Vaccination returns of the Province of Eastern Bengal and Assam - 1905-1912
Year: 1905
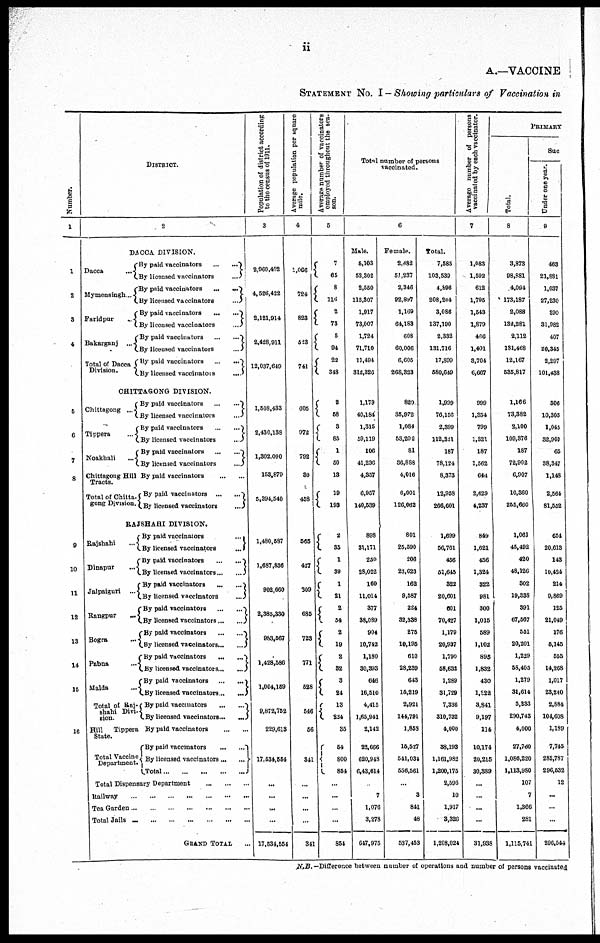
ii
A.—VACCINE
STATEMENT No. I — Showing particulars of Vaccination in
Number.
1
1
2
3
4
5
6
7
8
9
10
11
12
13
14
15
16
DISTRICT.
2
DACCA DIVISION.
Dacca ...
Mymensingh...
Faridpur ...
Bakarganj ...
Total of Dacca
Division.
By paid vaccinators
...
...
By licensed vaccinators ... ...
By paid vaccinators
...
...
By licensed vaccinators
...
By paid vaccinators
...
...
By licensed vaccinators
...
By paid vaccinators
...
...
By licensed vaccinators
...
By paid vaccinators
...
...
By licensed vaccinators
...
CHITTAGONG DIVISION.
Chittagong ...
Tippera ...
Noakhali
...
Chittagong Hill
Tracts.
Total of Chitta-
gong Division.
By paid vaccinators
...
...
By licensed vaccinators
...
By paid vaccinators
...
...
By licensed vaccinators
...
By paid vaccinators
...
...
By licensed vaccinators
...
By paid vaccinators
...
...
By paid vaccinators
...
...
By licensed vaccinators
...
RAJSHAHI DIVISION.
Rajshahi ...
Dinapur ...
Jalpaiguri
...
Rangpur
...
Bogra ...
Pabna ...
Malda ...
Total of Raj-
shahi Divi-
sion.
Hill
Tippera
State.
Total Vaccine
Department.
By paid vaccinators
...
By licensed vaccinators
...
By paid vaccinators
...
...
By licensed vaccinators ... ...
By paid vaccinators
...
...
By licensed vaccinators
...
By paid vaccinators
...
...
By licensed vaccinators ... ...
By paid vaccinators
...
...
By licensed vaccinators ... ...
By paid vaccinators
...
...
By licensed vaccinators ... ...
By paid vaccinators
...
...
By licensed vaccinators ... ...
By paid vaccinators
...
...
By licensed vaccinators ... ...
By paid vaccinators
...
...
By paid vaccinators
...
...
By licensed vaccinators ... ...
Total
...
...
...
...
...
Total Dispensary Department
...
...
...
Railway
...
...
...
...
...
...
Tea Garden
...
...
...
...
...
...
Total Jails
...
...
...
...
...
...
GRAND TOTAL ...
Population of district according
to the census of 1911.
3
2,960,492
4,526,422
2,121,914
2,428,911
12,037,649
1,508,433
2,430,138
1,302,090
153,879
5,394,540
1,480,587
1,687,836
902,660
2,385,330
983,567
1,428,586
1,004,159
9,872,752
229,613
17,534,554
...
...
...
...
17,534,554
Average population per square
mile.
4
1,066
724
823
523
741
605
972
792
30
458
565
427
309
685
723
771
528
546
56
341
...
...
...
...
341
Average number of vaccinators
employed throughout the sea-
son.
5
7
65
8
116
2
73
5
94
22
348
2
58
3
85
1
50
13
19
193
2
35
1
39
1
21
2
54
2
19
2
32
3
24
13
224
35
54
800
854
...
...
...
...
854
Total number of persons
vaccinated.
6
Male.
5,103
52,302
2,550
115,307
1,917
73,007
1,724
71,710
11,494
312,326
1,179
40,184
1,315
59,119
106
41,236
4,357
6,957
140,539
898
31,171
250
28,022
160
11,014
377
38,089
904
10,742
1,180
30,393
646
16,510
4,415
1,65,941
2,142
22,666
620,948
6,43,614
...
7
1,076
3,278
647,975
Female.
2,482
51,237
2,346
92,897
1,169
64,183
608
60,006
6,605
268,323
829
35,972
1,084
53,202
81
36,888
4,016
6,001
126,062
801
25,590
206
23,623
162
9,587
224
32,338
275
10,195
610
28,239
643
15,219
2,921
144,791
1,858
15,527
541,031
556,561
...
3
841
48
537,453
Total.
7,585
103,539
4,896
208,204
3,086
137,190
2,332
131,716
17,899
580,649
1,999
76,156
2,399
112,321
187
78,124
8,373
12,958
266,601
1,699
56,761
456
51,645
322
20,601
601
70,427
1,179
20,937
1,790
58,632
1,289
31,729
7,336
310,732
4,000
38,193
1,161,982
1,200,175
2,596
10
1,917
3,326
1,208,024
Average number of persons
vaccinated by each vaccinator.
7
1,083
1,592
612
1,795
1,543
1,879
466
1,401
3,704
6,667
999
1,354
799
1,321
187
1,562
644
2,629
4,237
849
1,621
456
1,324
322
981
300
1,015
589
1,102
895
1,832
430
1,322
3,841
9,197
114
10,174
20,215
30,389
...
...
...
...
31,938
PRIMARY
Total.
8
3,873
98,881
4,094
173,187
2,088
132,281
2,112
131,468
12,167
535,817
1,166
73,382
2,100
109,376
187
72,902
6,907
10,360
255,660
1,061
45,492
420
48,126
302
19,338
391
67,567
551
20,201
1,229
58,405
1,279
31,614
5,233
290,743
4,000
27,760
1,086,220
1,113,980
107
7
1,366
281
1,115,741
Sac
Under one year.
9
463
21,881
1,037
27,230
390
31,982
407
20,345
2,297
101,438
306
10,305
1,045
32,960
65
38,347
1,148
2,564
81,552
654
20,613
143
10,424
214
9,869
125
21,049
176
5,145
555
14,268
1,017
23,240
2,884
104,608
1,189
7,745
288,787
296,532
12
...
...
...
296,544
N.B.—Difference between number of operations and number of persons vaccinated